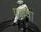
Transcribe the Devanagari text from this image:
परुषा